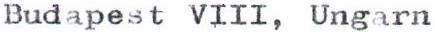
Budapest VIII, Ungarn